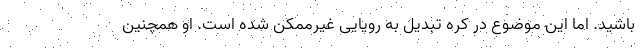
باشید. اما این موضوع در کره تبدیل به رویایی غیرممکن شده است. او همچنین